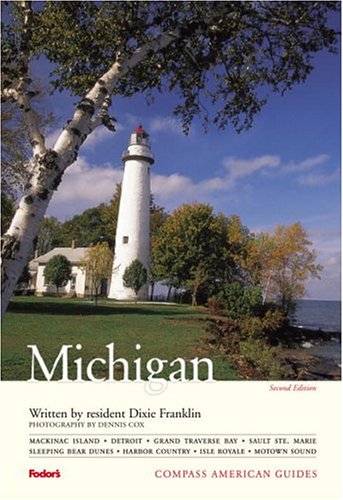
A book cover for Compass American Guides: Michigan, 2nd Edition (Full-color Travel Guide); Dixie Franklin; Travel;